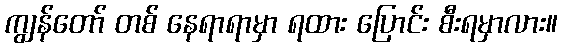
ကျွန်တော် တစ် နေရာရာမှာ ရထား ပြောင်း စီးရမှာလား။